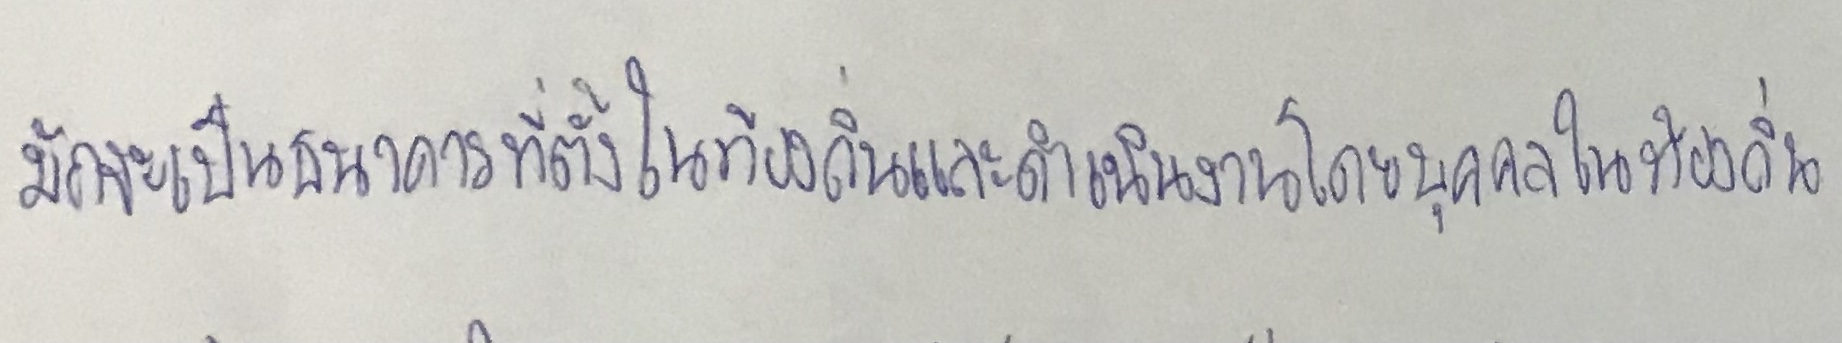
มักจะเป็นธนาคารที่ตั้งในท้องถิ่นและดำเนินงานโดยบุคคลในท้องถิ่น